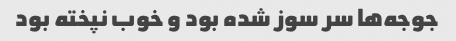
جوجه‌ها سر سوز شده بود و خوب نپخته بود